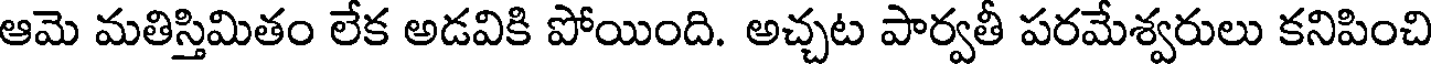
ఆమె మతిస్తిమితం లేక అడవికి పోయింది. అచ్చట పార్వతీ పరమేశ్వరులు కనిపించి